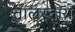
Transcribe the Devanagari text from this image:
तालस्ताय